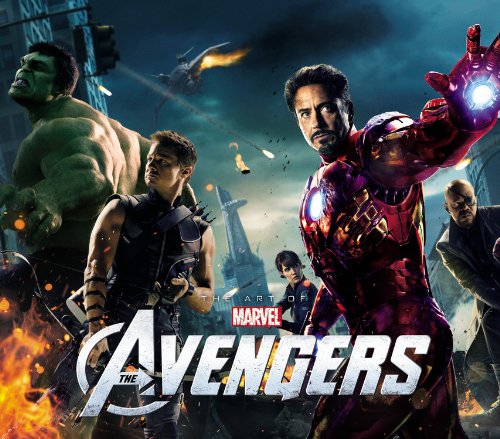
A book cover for Avengers: The Art of Marvel's The Avengers; Jason Surrell; Comics & Graphic Novels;